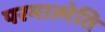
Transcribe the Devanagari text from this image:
परमात्मेति